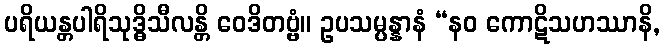
ပရိယန္တပါရိသုဒ္ဓိသီလန္တိ ဝေဒိတဗ္ဗံ။ ဥပသမ္ပန္နာနံ “နဝ ကောဋိသဟဿာနိ,